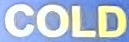
COLD